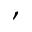
,